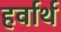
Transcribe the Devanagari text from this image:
हर्वार्थ